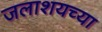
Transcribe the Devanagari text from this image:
जलाशयच्या